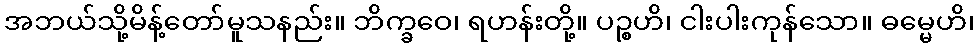
အဘယ်သို့မိန့်တော်မူသနည်း။ ဘိက္ခဝေ၊ ရဟန်းတို့။ ပဉ္စဟိ၊ ငါးပါးကုန်သော။ ဓမ္မေဟိ၊